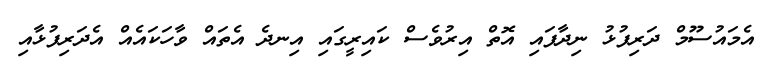
އެމައުސޫމް ދަރިފުޅު ނިދާފައި އޮތް އިރުވެސް ކައިރީގައި އިނދެ އެތައް ވާހަކައެއް އެދަރިފުޅާއި